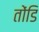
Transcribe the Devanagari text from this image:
तोंडि